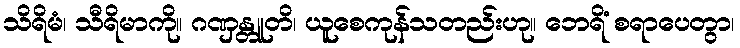
သိရိမံ၊ သီရိမာကို။ ဂဏှန္တူတိ၊ ယူစေကုန်သတည်းဟု။ ဘေရိံ စရာပေတွာ၊